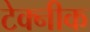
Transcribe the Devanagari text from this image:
टेक्नीक